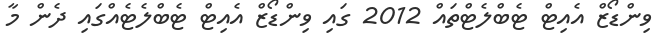
ވިންޑޯޒް އެއިޓް ޓެބްލެޓްތައް 2012 ގައި ވިންޑޯޒް އެއިޓް ޓެބްލެޓެއްގައި ދެން މާ